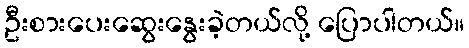
ဦးစားပေးဆွေးနွေးခဲ့တယ်လို့ ပြောပါတယ်။